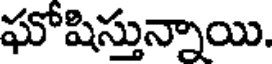
ఘోషిస్తున్నాయి.